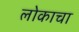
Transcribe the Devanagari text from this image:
लोकाचा